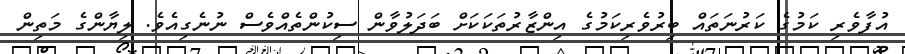
އުފާވެރި ކަމުގެ ކަރުނަތައް ބިރުވެރިކަމުގެ އިންޒާރުތަކަކަށް ބަދަލުވާން ސިކުންތެއްވެސް ނުނެގިއެވެ. ލިޔާންގެ މަތިން